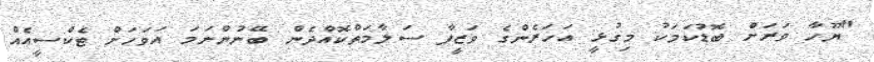
"ޔޫހާ ވަރަށް ބޮޑުކަމަކު މިގުޅީ އަހަރެންގެ ވަޒީފާ ސަލާމަތްކޮއްދެން ބޭނުންނަމަ އަވަހަށް ޓެކްސީއެއް